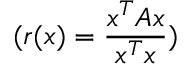
( r ( x ) = \frac { x ^ { T } A x } { x ^ { T } x } )